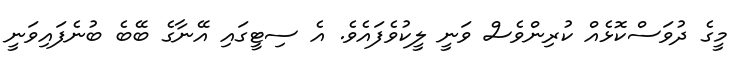
މީގެ ދުވަސްކޮޅެއް ކުރިންވެސް ވަނީ ލީކުވެފައެވެ. އެ ސިޓީގައި އޭނާގެ ބޭބެ ބުނެފައިވަނީ